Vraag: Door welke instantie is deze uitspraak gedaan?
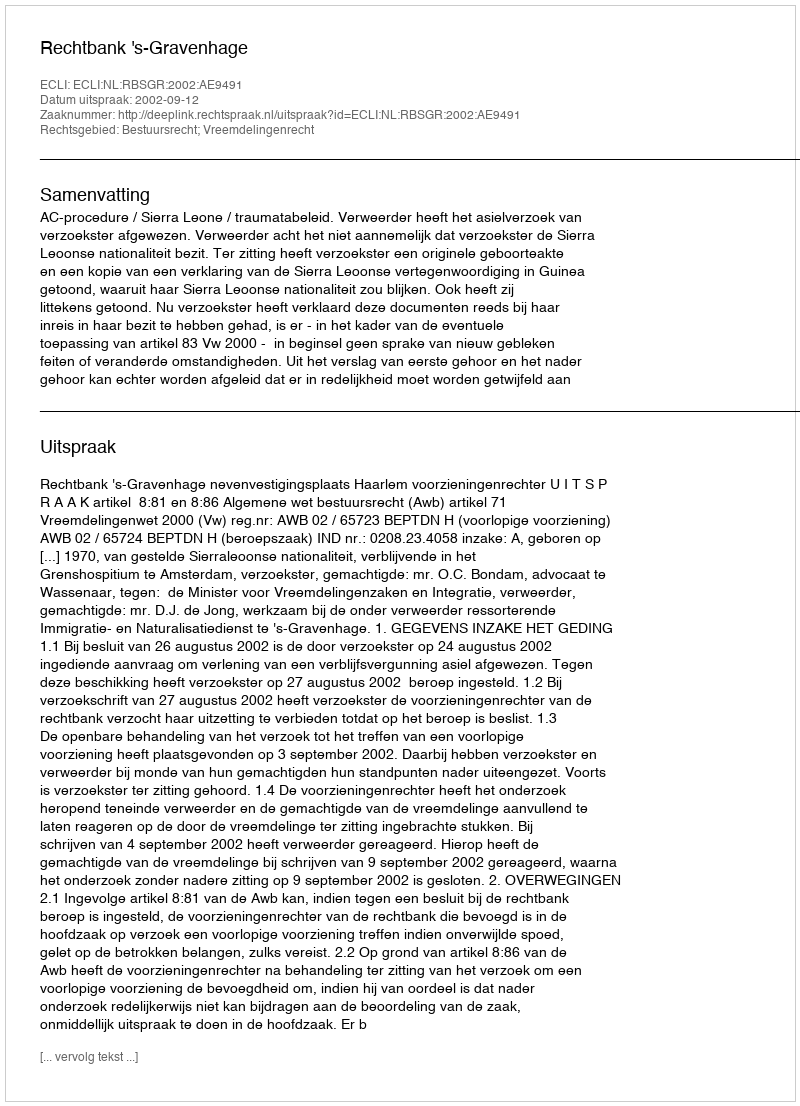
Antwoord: Rechtbank 's-Gravenhage